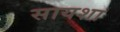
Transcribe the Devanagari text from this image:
सायशा